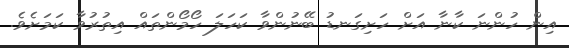
އިން ހުންނަ ކާނާ އަށް ހަށިގަނޑު ބޭނުންވާ ކަހަލަ ހޯމޯންތައް އިތުރުވާ ކަމަށެވެ.